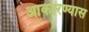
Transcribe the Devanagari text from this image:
आकारण्यास